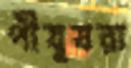
পীযূষরা